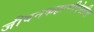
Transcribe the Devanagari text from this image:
जीवनकहाणीदेखील